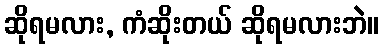
ဆိုရမလား, ကံဆိုးတယ် ဆိုရမလားဘဲ။